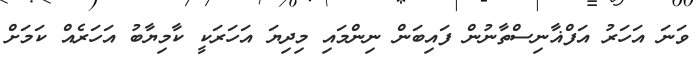
ވަނަ އަހަރު އަފްޣާނިސްތާނުން ފައިބަން ނިންމައި މިދިޔަ އަހަރަކީ ކާމިޔާބު އަހަރެއް ކަމަށް